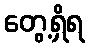
တွေ့ရှိရ